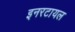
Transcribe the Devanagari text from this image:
इनरटायल